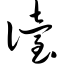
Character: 诒